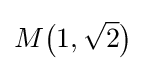
M{\bigl (}1,{\sqrt {2}}{\bigr )}